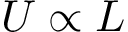
U \propto L